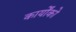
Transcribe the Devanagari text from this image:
कार्योंको